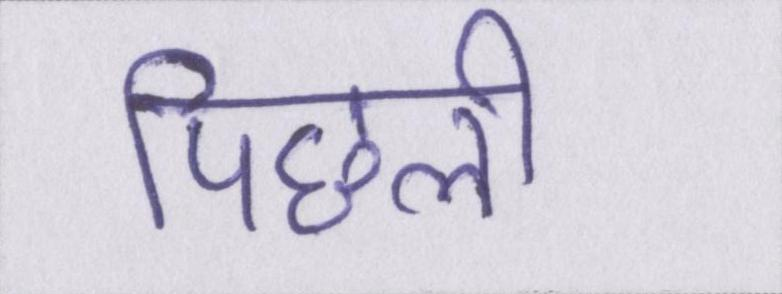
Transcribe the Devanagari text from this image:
पिछली